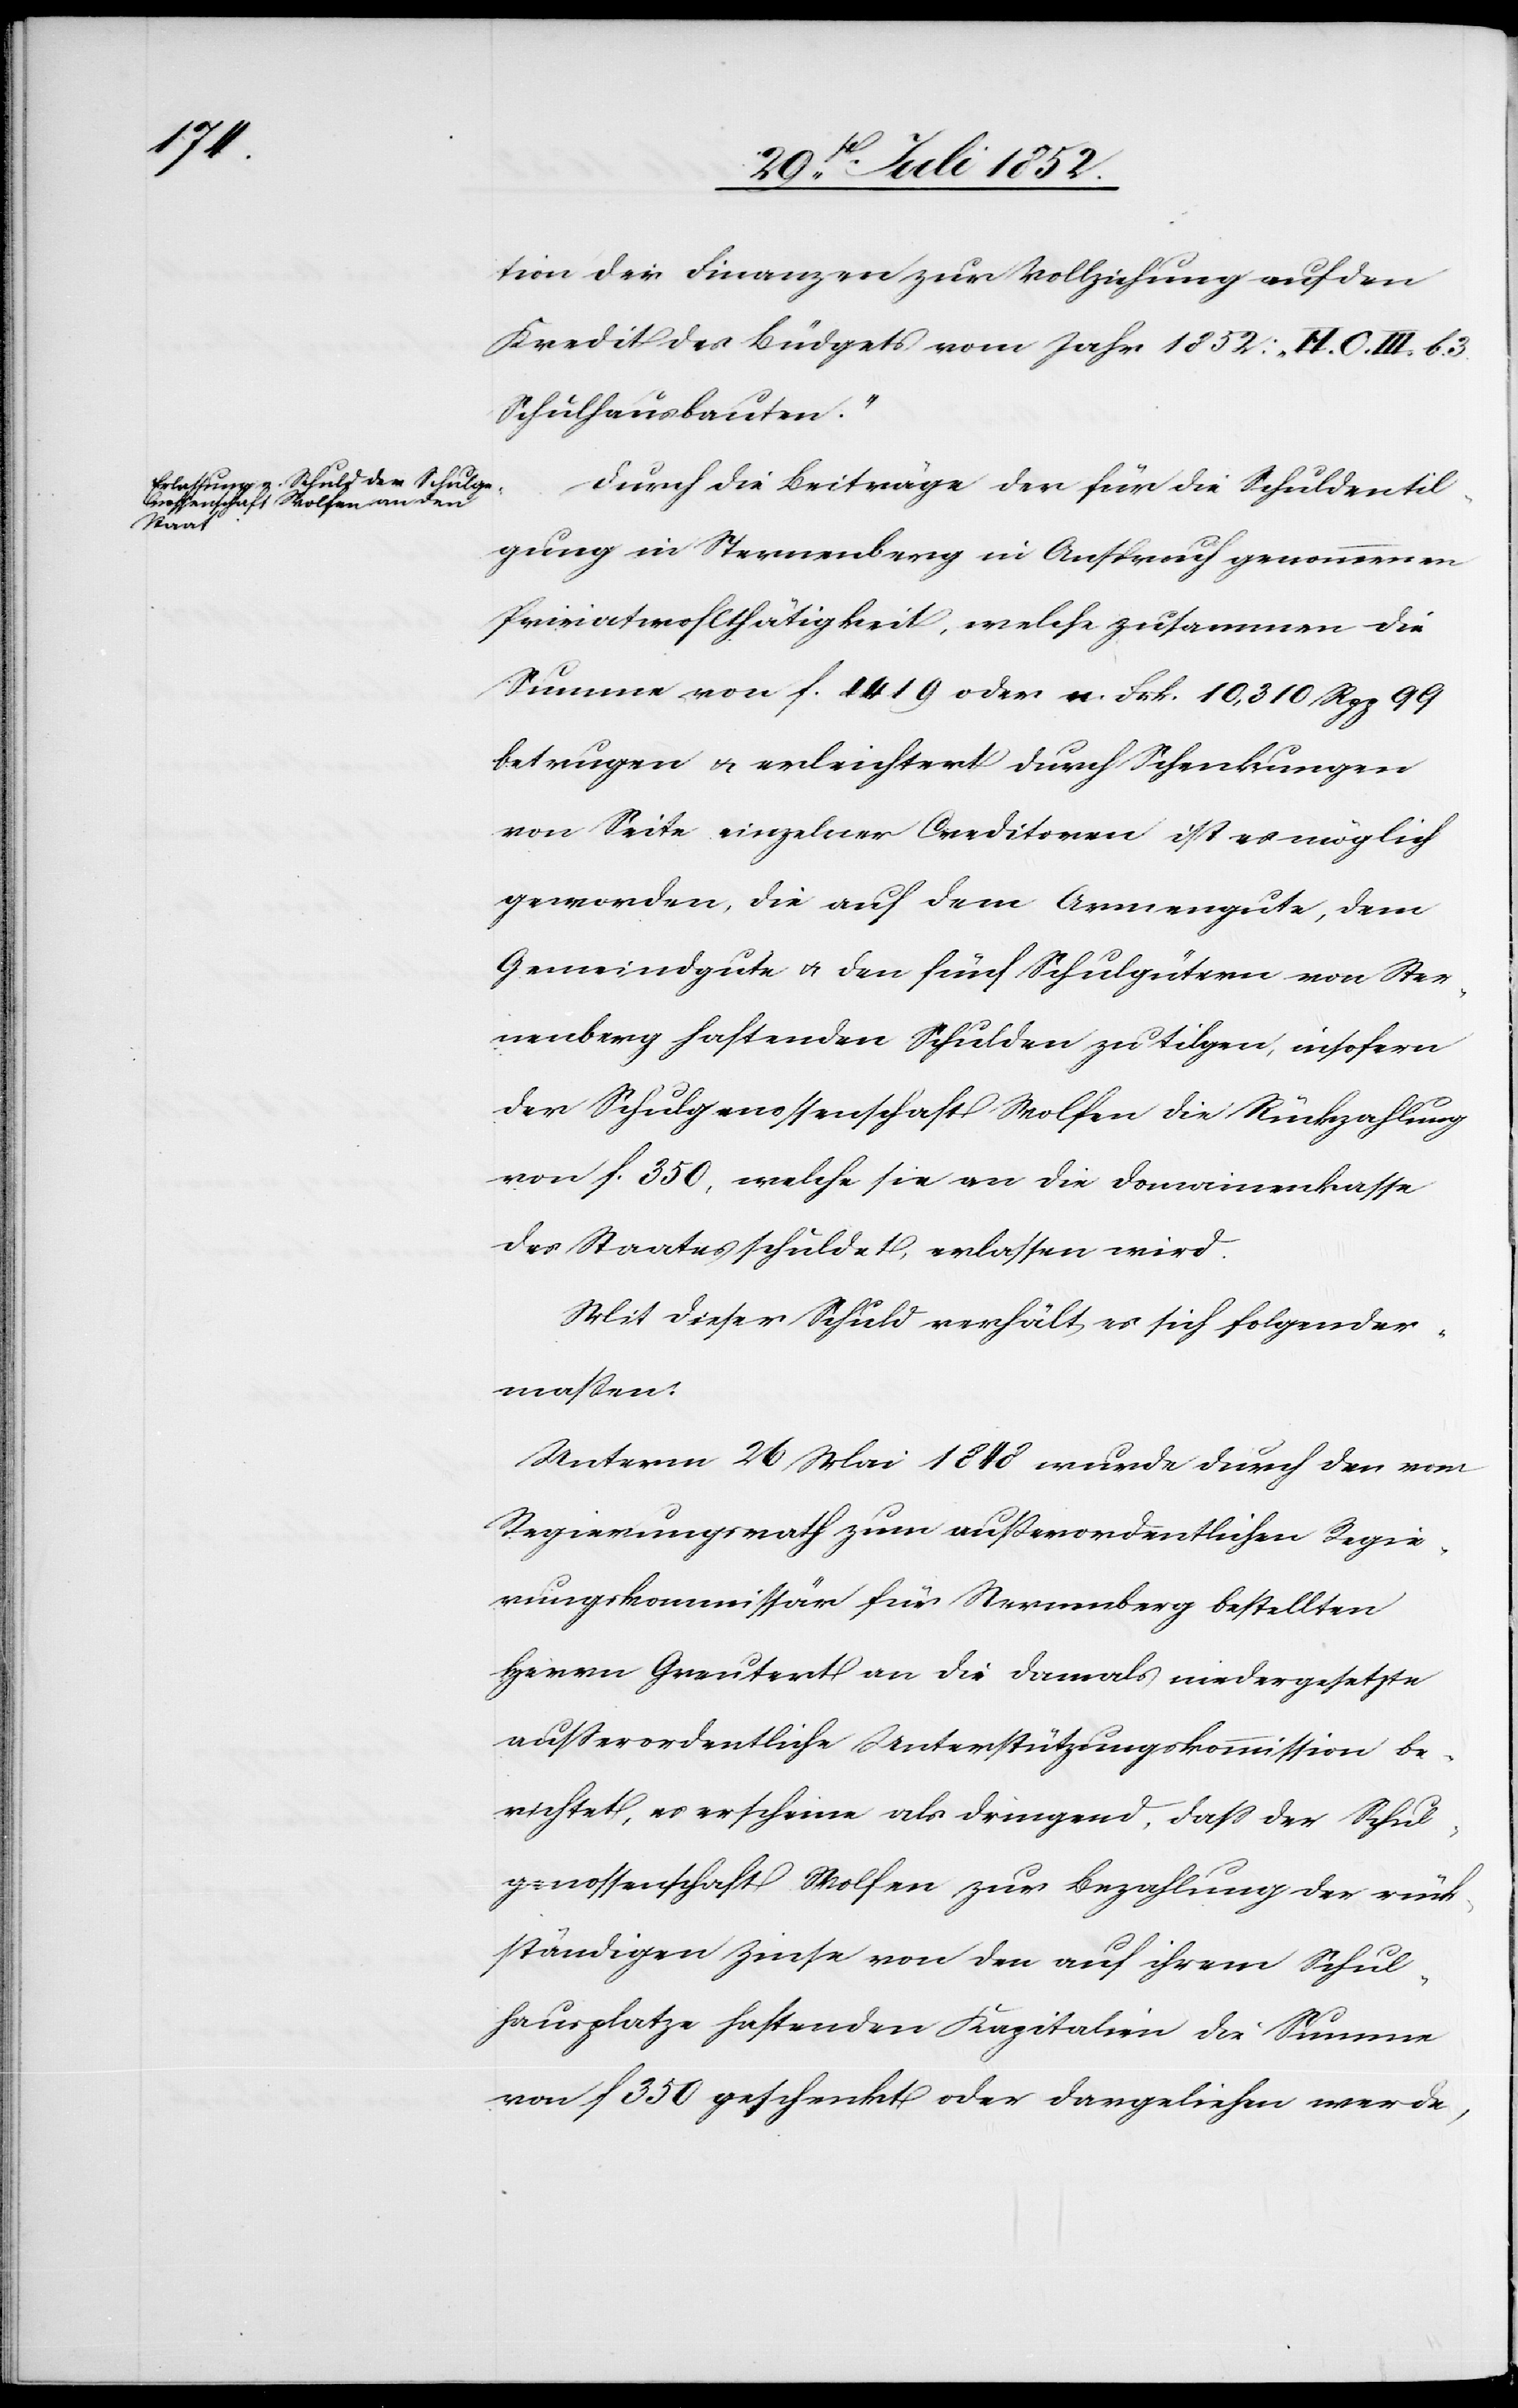
tion der Finanzen zur Vollziehung auf den
Kredit des Büdgets vom Jahr 1852: „H. O. III. b. 3.
Schulhausbauten.“
Durch die Beiträge der für die Schuldentil¬
gung in Sternenberg in Anspruch genommenen
Privatwohlthätigkeit, welche zusammen die
Summe von f. 1419 oder n. Frk. 10,310 Rpp 99
betrugen & erleichtert durch Schenkungen
von Seite einzelner Creditoren ist es möglich
geworden, die auf dem Armengute, dem
Gemeindgute & den fünf Schulgütern von Ster¬
nenberg haftenden Schulden zu tilgen, insofern
der Schulgenossenschaft Wolfen die Rückzahlung
von f. 350, welche sie an die Domainenkasse
des Staates schuldet, erlassen wird.
Mit dieser Schuld verhält es sich folgender¬
maßen:
Unterm 26 Mai 1848 wurde durch den vom
Regierungsrath zum außerordentlichen Regie¬
rungskommissär für Sternenberg bestellten
Herrn Greutert an die damals niedergesetzte
ausserordentliche Unterstützungskommission be¬
richtet, es erscheine als dringend, dass der Schul¬
genossenschaft Wolfen zur Bezahlung der rück¬
ständigen Zinse von den auf ihrem Schul¬
hausplatze haftenden Kapitalien die Summe
von f 350 geschenkt oder dargeliehen werde,